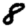
Digit: 8